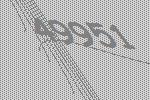
49951